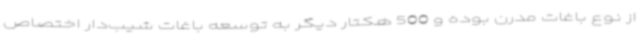
از نوع باغات مدرن بوده و 500 هکتار دیگر به توسعه باغات شیب‌دار اختصاص